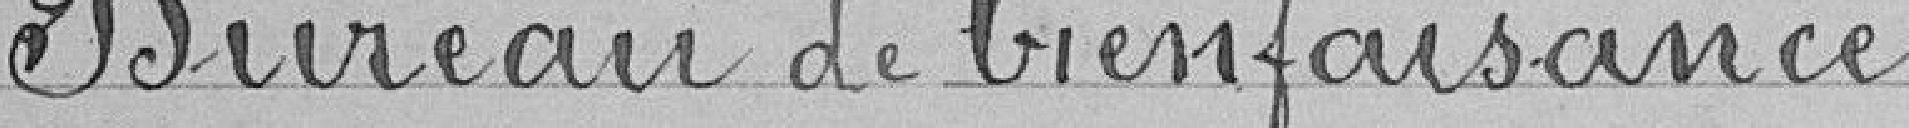
Bureau de bienfaisance